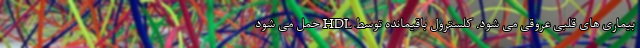
بیماری های قلبی عروقی می شود. کلسترول باقیمانده توسط HDL حمل می شود